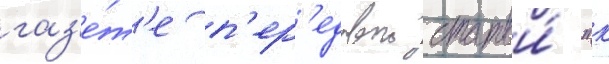
газ'е́т'е п'ер'едовои статьи́ "к